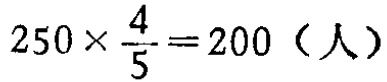
\(250\times \frac{4}{5}=200（人）\)